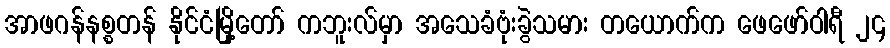
အာဖဂန်နစ္စတန် နိုင်ငံမြို့တော် ကဘူးလ်မှာ အသေခံဗုံးခွဲသမား တယောက်က ဖေဖော်ဝါရီ ၂၄